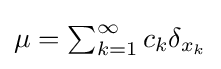
{\textstyle \mu =\sum _{k=1}^{\infty }c_{k}\delta _{x_{k}}}